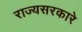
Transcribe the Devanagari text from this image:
राज्यसरकारे